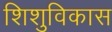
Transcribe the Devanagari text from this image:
शिशुविकास